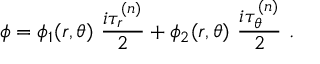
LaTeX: \phi = \phi _ { 1 } ( r , \theta ) \ \frac { i \tau _ { r } ^ { ( n ) } } { 2 } + \phi _ { 2 } ( r , \theta ) \ \frac { i \tau _ { \theta } ^ { ( n ) } } { 2 } \ .